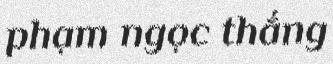
phạm ngọc thắng